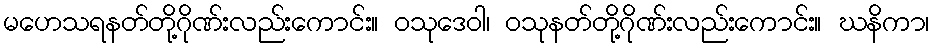
မဟေသရနတ်တို့ဂိုဏ်းလည်းကောင်း။ ဝသုဒေဝါ၊ ဝသုနတ်တို့ဂိုဏ်းလည်းကောင်း။ ဃနိကာ၊